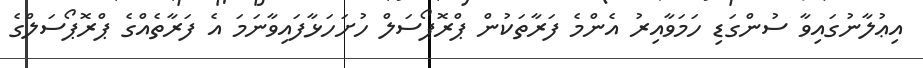
އިޢުލާނުގައިވާ ސުންގަޑި ހަމަވާއިރު އެންމެ ފަރާތަކުން ޕްރޮޕޯސަލް ހުށަހަޅާފައިވާނަމަ އެ ފަރާތެއްގެ ޕްރޮޕޯސަލްގެ